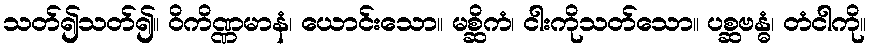
သတ်၍သတ်၍။ ဝိကိဏ္ဏမာနံ၊ ယောင်းသော။ မစ္ဆိကံ၊ ငါးကိုသတ်သော။ ပစ္ဆဗန္ဓံ၊ တံငါကို။